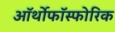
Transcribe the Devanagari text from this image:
ऑर्थोफाॅस्फोरिक